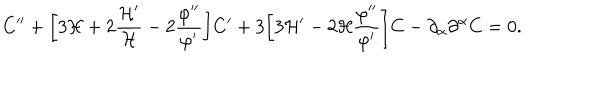
LaTeX: C ^ { \prime \prime } + \biggl [ 3 { \cal H } + 2 \frac { { \cal H } ^ { \prime } } { \cal H } - 2 \frac { \varphi ^ { \prime \prime } } { \varphi ^ { \prime } } \biggr ] C ^ { \prime } + 3 \biggl [ 3 { \cal H } ^ { \prime } - 2 { \cal H } \frac { \varphi ^ { \prime \prime } } { \varphi ^ { \prime } } \biggr ] C - \partial _ { \alpha } \partial ^ { \alpha } C = 0 .